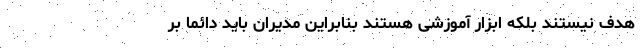
هدف نیستند بلکه ابزار آموزشی هستند بنابراین مدیران باید دائماً بر